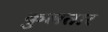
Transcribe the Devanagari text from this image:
कुलतार